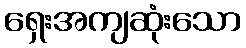
ရှေးအကျဆုံးသော